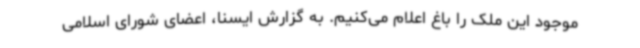
موجود این ملک را باغ اعلام می‌کنیم. به گزارش ایسنا، اعضای شورای اسلامی